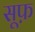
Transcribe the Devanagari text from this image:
सूफ़